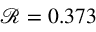
\mathcal { R } = 0 . 3 7 3